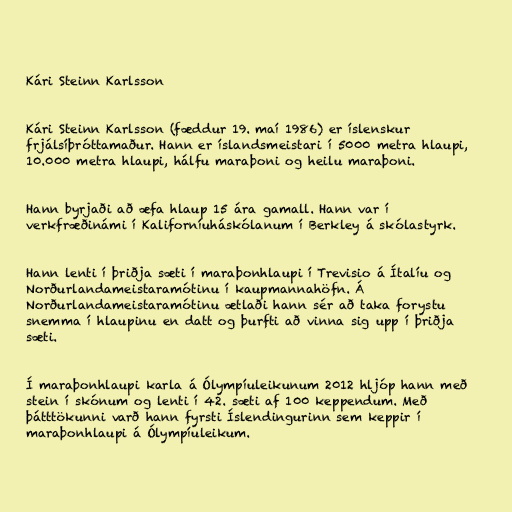
Kári Steinn Karlsson

Kári Steinn Karlsson (fæddur 19. maí 1986) er íslenskur
frjálsíþróttamaður. Hann er íslandsmeistari í 5000 metra hlaupi,
10.000 metra hlaupi, hálfu maraþoni og heilu maraþoni.

Hann byrjaði að æfa hlaup 15 ára gamall. Hann var í
verkfræðinámi í Kaliforníuháskólanum í Berkley á skólastyrk.

Hann lenti í þriðja sæti í maraþonhlaupi í Trevisio á Ítalíu og
Norðurlandameistaramótinu í kaupmannahöfn. Á
Norðurlandameistaramótinu ætlaði hann sér að taka forystu
snemma í hlaupinu en datt og þurfti að vinna sig upp í þriðja
sæti.

Í maraþonhlaupi karla á Ólympíuleikunum 2012 hljóp hann með
stein í skónum og lenti í 42. sæti af 100 keppendum. Með
þátttökunni varð hann fyrsti Íslendingurinn sem keppir í
maraþonhlaupi á Ólympíuleikum.